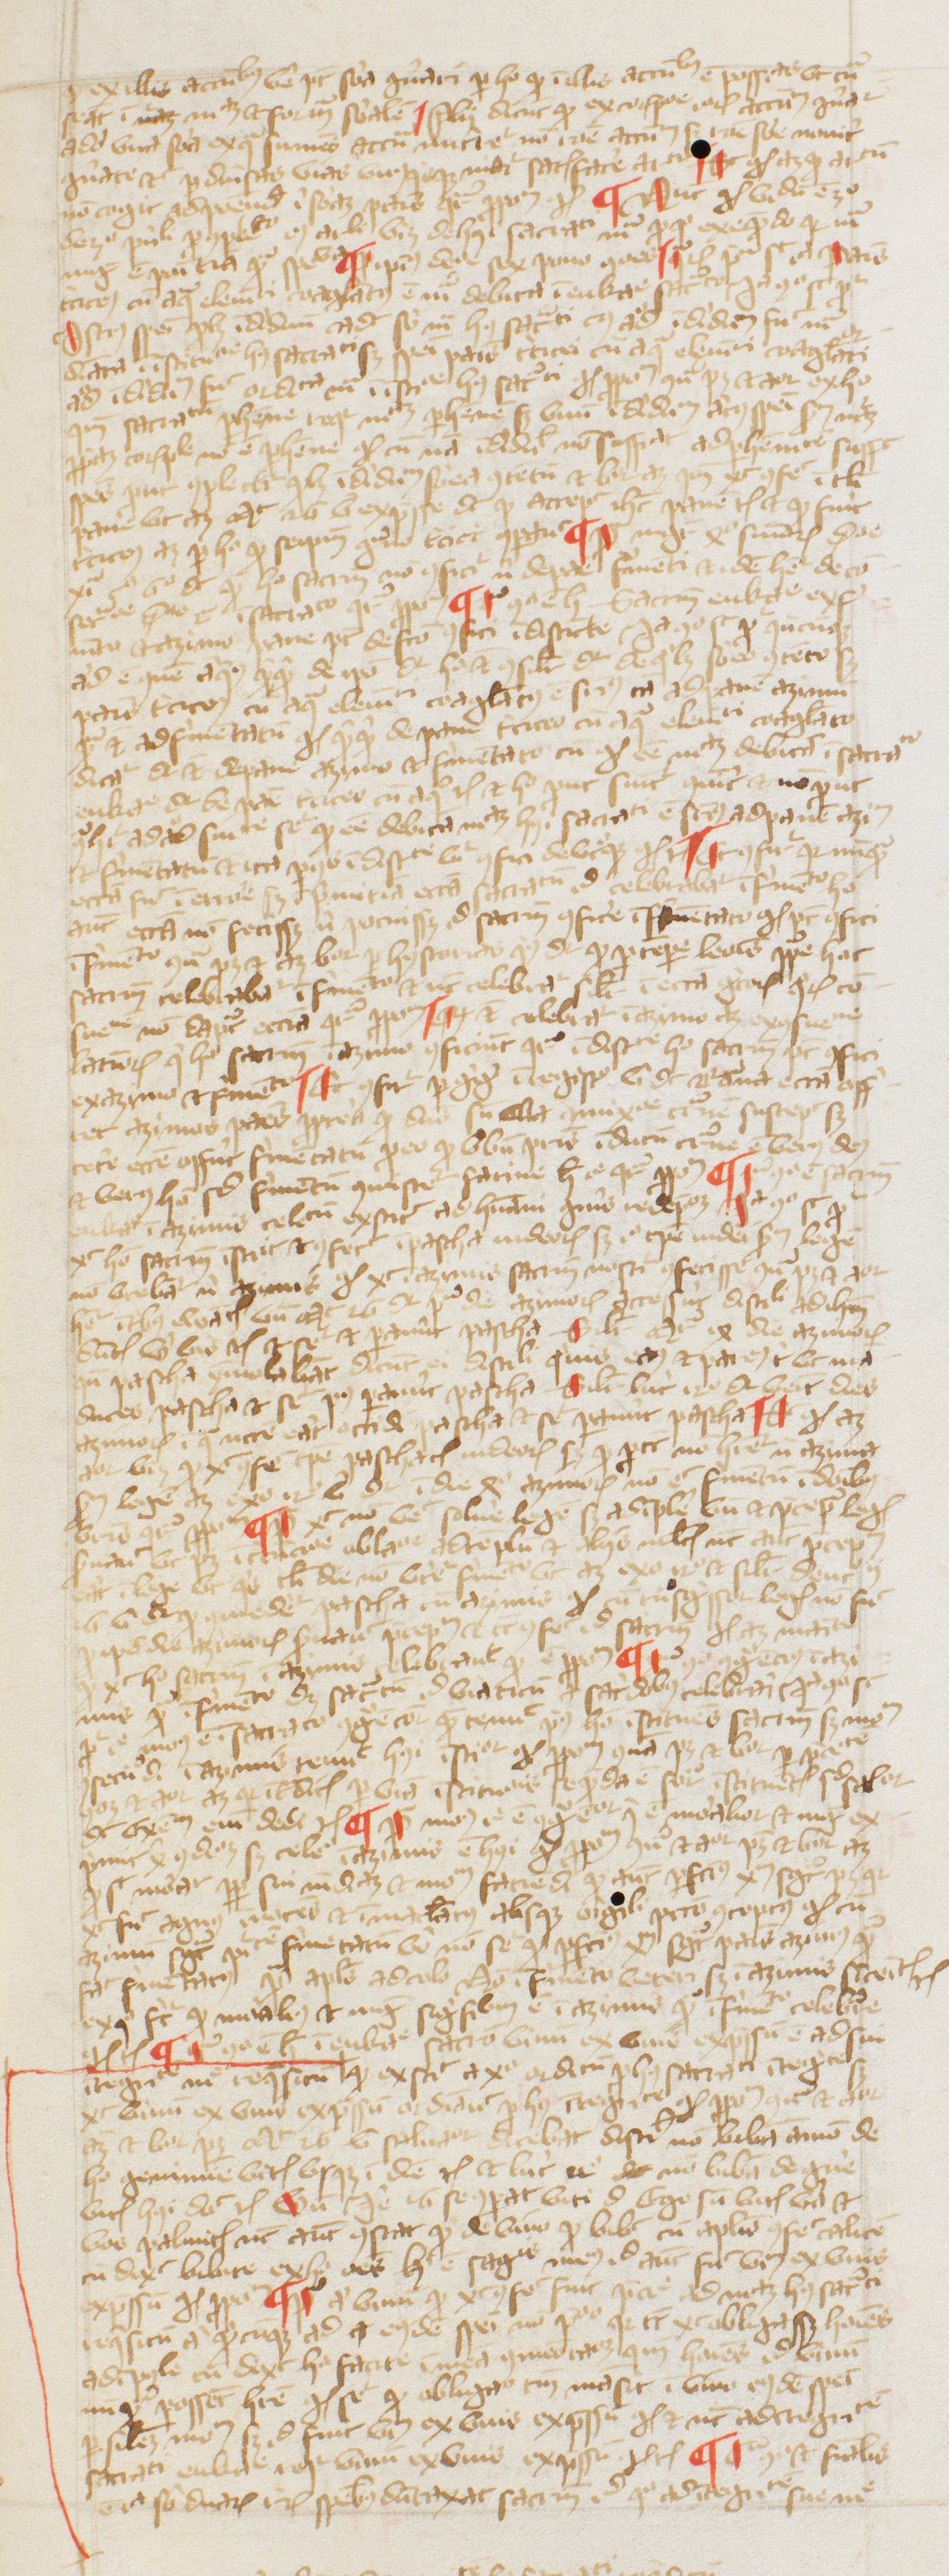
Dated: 1380–1389